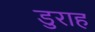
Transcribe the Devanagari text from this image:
डुराह